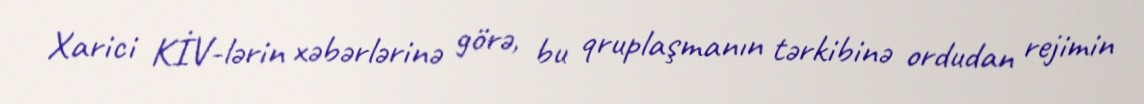
Xarici KİV-lərin xəbərlərinə görə, bu qruplaşmanın tərkibinə ordudan rejimin